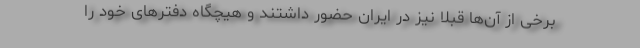
برخی از آن‌ها قبلا نیز در ایران حضور داشتند و هیچگاه دفترهای خود را